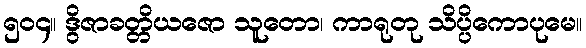
၅၀၄။ ဒွိဇာခတ္တိယဇော သူတော၊ ကာရုတု သိပ္ပိကောပုမေ။